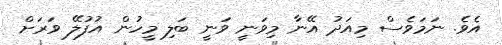
އެވެ. ނަމަވެސް މިއަދު އޭނާ މިވަނީ ވަނީ ބަލި މީހުން އުފުލޭ ވަރަށް